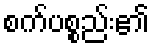
စက်ပစ္စည်း၏